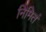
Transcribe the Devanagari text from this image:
निमितं